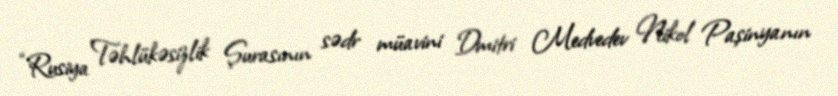
“Rusiya Təhlükəsizlik Şurasının sədr müavini Dmitri Medvedev Nikol Paşinyanın